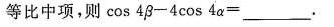
等比中项，则 $$\cos 4 \beta - 4 \cos 4 \alpha$$=___.